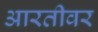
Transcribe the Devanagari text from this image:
आरतीवर